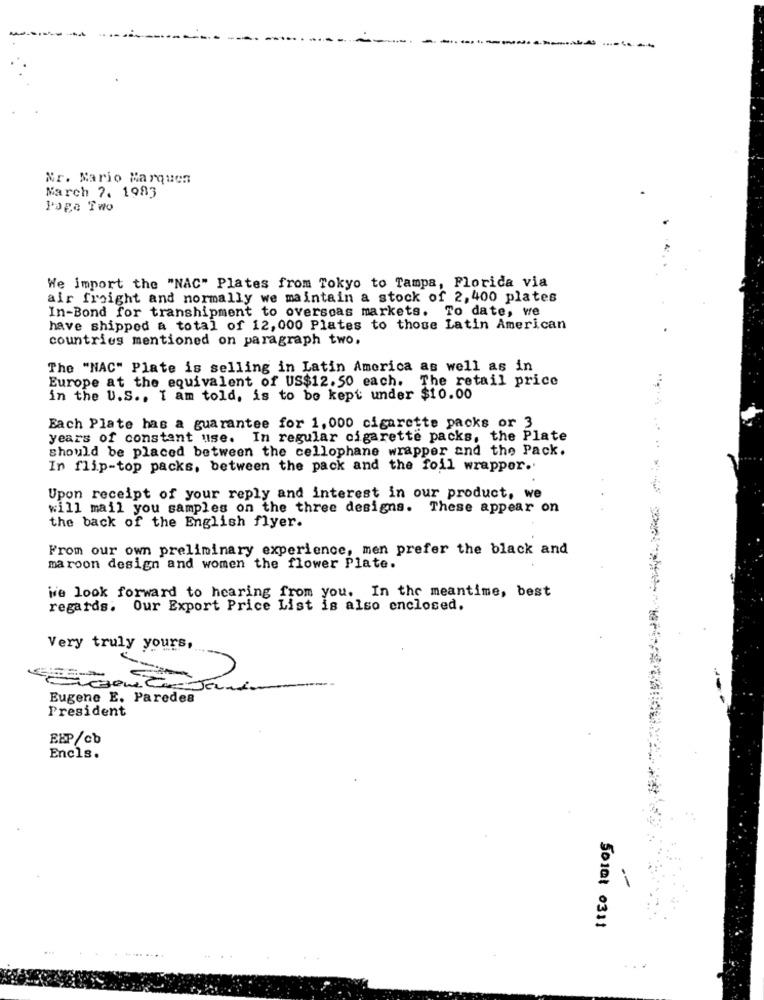
Mr. Mario Marques
March 7. 1983
Page Two
We import the "NAC" Plates from Tokyo to Tampa, Florida via
air freight and normally we maintain a stock of 2,400 plates
In-Bond for transhipment to overseas markets. To date, we
have shipped a total of 12, 000 Plates to those Latin American
countries mentioned on paragraph two.
The "NAC" Plate is selling in Latin America as well as in
Europe at the equivalent of US$12.50 each. The retail price
in the U.S ., I am told, is to be kept under $10.00
Each Plate has a guarantee for 1,000 cigarette packs or 3
years of constant use. In regular cigarette packs, the Plate
should be placed between the cellophane wrapper and the Pack.
In flip-top packs, between the pack and the foil wrapper ..
Upon receipt of your reply and interest in our product, we
will mail you samples on the three designs. These appear on
the back of the English flyer.
From our own preliminary experience, men prefer the black and
maroon design and women the flower Plate.
We look forward to hearing from you. In the meantime, best
regards. Our Export Price List is also enclosed.
Very truly yours,
Eugene E. Paredes
President
EBP/cb
Encls.
50101 0311